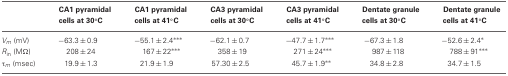
<table><thead><tr><td></td><td><b>CA1 pyramidal cells at 30°C</b></td><td><b>CA1 pyramidal cells at 41°C</b></td><td><b>CA3 pyramidal cells at 30°C</b></td><td><b>CA3 pyramidal cells at 41°C</b></td><td><b>Dentate granule cells at 30°C</b></td><td><b>Dentate granule cells at 41°C</b></td></tr></thead><tbody><tr><td><i>V</i><sub><i>m</i></sub> (mV)</td><td>−63.3 ± 0.9</td><td>−55.1 ± 2.4<sup>***</sup></td><td>−62.1 ± 0.7</td><td>−47.7 ± 1.7<sup>***</sup></td><td>−67.3 ± 1.8</td><td>−52.6 ± 2.4<sup>*</sup></td></tr><tr><td><i>R</i><sub><i>in</i></sub> (MΩ)</td><td>208 ± 24</td><td>167 ± 22<sup>***</sup></td><td>358 ± 19</td><td>271 ± 24<sup>***</sup></td><td>987 ± 118</td><td>788 ± 91<sup>***</sup></td></tr><tr><td>τ<sub><i>m</i></sub> (msec)</td><td>19.9 ± 1.3</td><td>21.9 ± 1.9</td><td>57.30 ± 2.5</td><td>45.7 ± 1.9<sup>**</sup></td><td>34.8 ± 2.8</td><td>34.7 ± 1.5</td></tr></tbody></table>